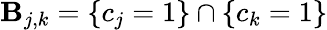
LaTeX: \mathbf{B}_{j,k}=\{ c_{j}=1\} \cap\{ c_{k}=1\}